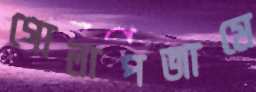
গোলাপজামে